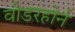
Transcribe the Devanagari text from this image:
वीडरहोर्न